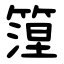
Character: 篞